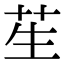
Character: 苼